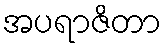
အပရာဇိတာ